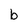
Character: b